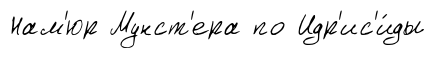
Нам'юр Мунст'ера по Идр'ис'и́ды